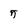
Character: 5